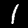
Digit: 1